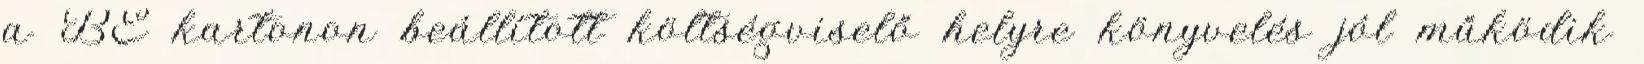
a BE kartonon beállított költségviselő helyre könyvelés jól működik